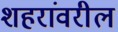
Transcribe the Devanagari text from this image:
शहरांवरील